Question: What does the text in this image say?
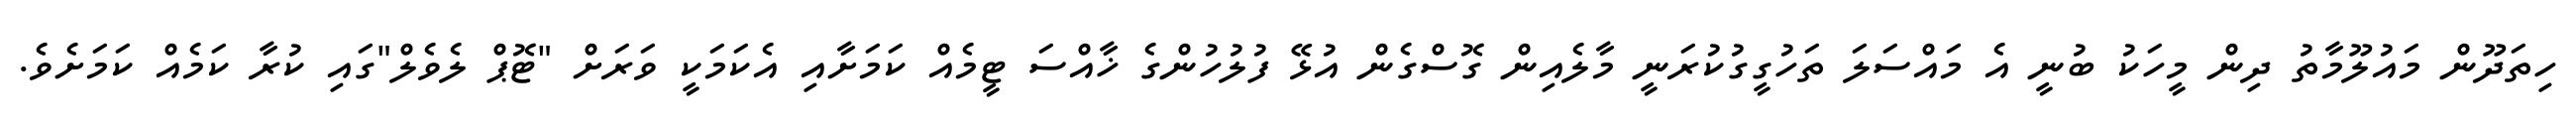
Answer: ހިތަދޫން މައުލޫމާތު ދިން މީހަކު ބުނީ އެ މައްސަލަ ތަހުގީގުކުރަނީ މާލެއިން ގޮސްގެން އުޅޭ ފުލުހުންގެ ޚާއްސަ ޓީމެއް ކަމަށާއި އެކަމަކީ ވަރަށް "ޓޮޕް ލެވެލް"ގައި ކުރާ ކަމެއް ކަމަށެވެ.